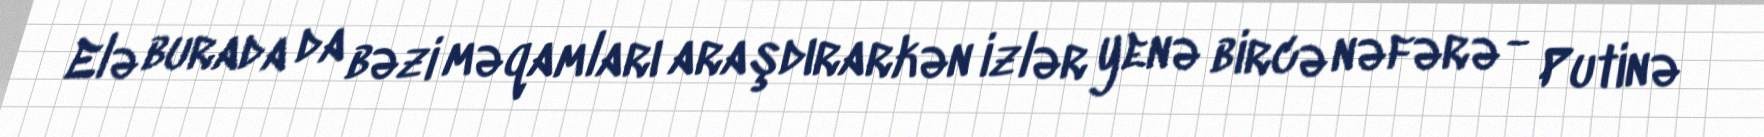
Elə burada da bəzi məqamları araşdırarkən izlər yenə bircə nəfərə - Putinə